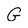
Character: G